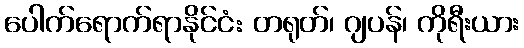
ပေါက်ရောက်ရာနိုင်ငံ: တရုတ်၊ ဂျပန်၊ ကိုရီးယား